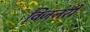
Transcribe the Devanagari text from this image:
विजनरी